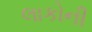
લાકોની